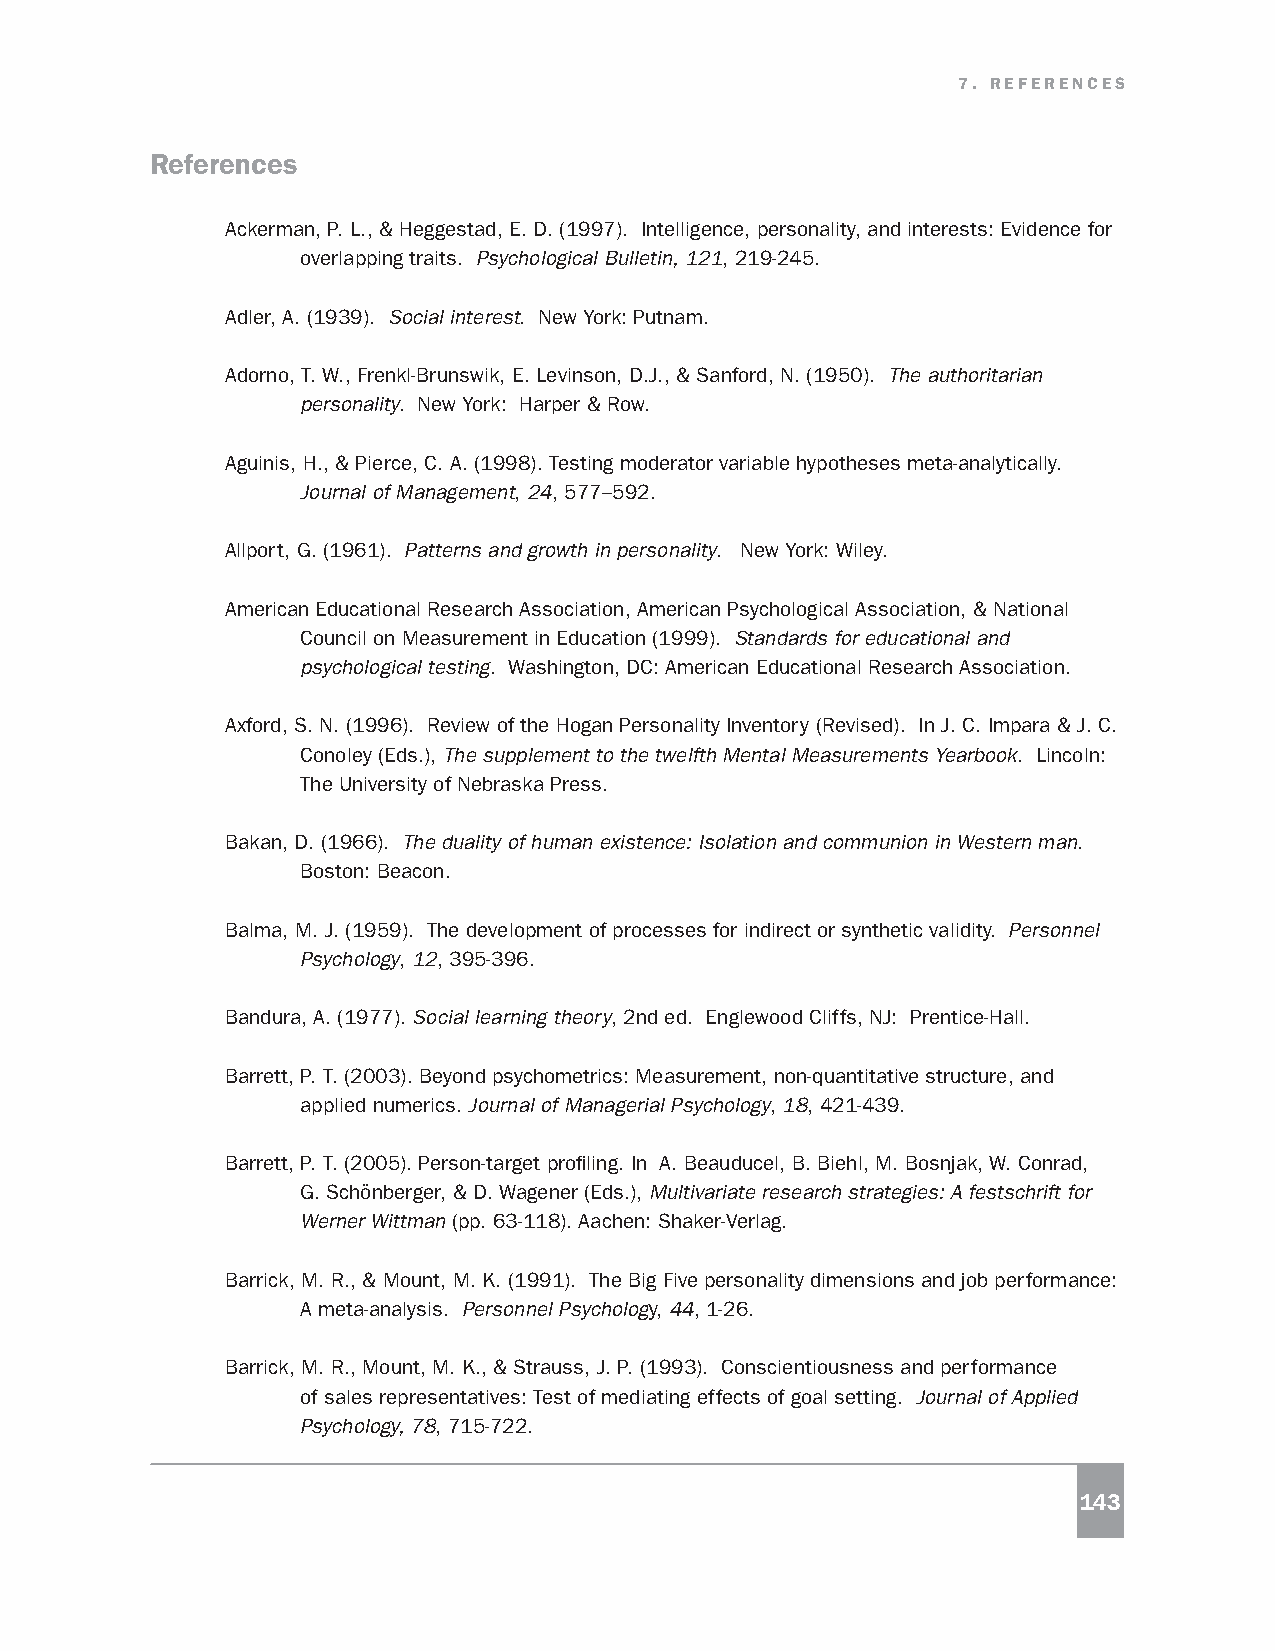
7. REFERENCES
 References
 Ackerman, P. L., & Heggestad, E. D. (1997). Intelligence, personality, and interests: Evidence for
 overlapping traits. Psychological Bulletin, 121, 219-245.
 Adler, A. (1939). Social interest. New York: Putnam.
 Adorno, T. W., Frenkl-Brunswik, E. Levinson, D.J., & Sanford, N. (1950). The authoritarian
 personality. New York: Harper & Row.
 Aguinis, H., & Pierce, C. A. (1998). Testing moderator variable hypotheses meta-analytically.
 Journal of Management, 24, 577–592.
 Allport, G. (1961). Patterns and growth in personality. New York: Wiley.
 American Educational Research Association, American Psychological Association, & National
 Council on Measurement in Education (1999). Standards for educational and
 psychological testing. Washington, DC: American Educational Research Association.
 Axford, S. N. (1996). Review of the Hogan Personality Inventory (Revised). In J. C. Impara & J. C.
 Conoley (Eds.), The supplement to the twelfth Mental Measurements Yearbook. Lincoln:
 The University of Nebraska Press.
 Bakan, D. (1966). The duality of human existence: Isolation and communion in Western man.
 Boston: Beacon.
 Balma, M. J. (1959). The development of processes for indirect or synthetic validity. Personnel
 Psychology, 12, 395-396.
 Bandura, A. (1977). Social learning theory, 2nd ed. Englewood Cliffs, NJ: Prentice-Hall.
 Barrett, P. T. (2003). Beyond psychometrics: Measurement, non-quantitative structure, and
 applied numerics. Journal of Managerial Psychology, 18, 421-439.
 Barrett, P. T. (2005). Person-target profiling. In A. Beauducel, B. Biehl, M. Bosnjak, W. Conrad,
 G. Schönberger, & D. Wagener (Eds.), Multivariate research strategies: A festschrift for
 Werner Wittman (pp. 63-118). Aachen: Shaker-Verlag.
 Barrick, M. R., & Mount, M. K. (1991). The Big Five personality dimensions and job performance:
 A meta-analysis. Personnel Psychology, 44, 1-26.
 Barrick, M. R., Mount, M. K., & Strauss, J. P. (1993). Conscientiousness and performance
 of sales representatives: Test of mediating effects of goal setting. Journal of Applied
 Psychology, 78, 715-722.
 143